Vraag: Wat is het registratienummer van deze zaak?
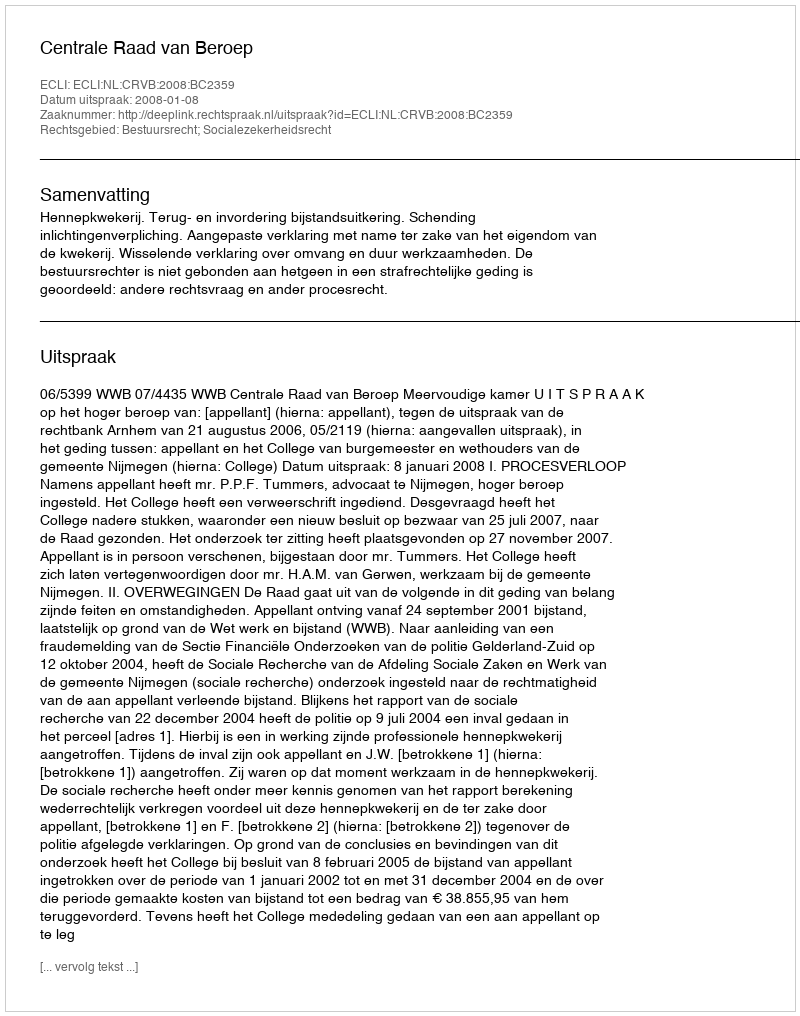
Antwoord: http://deeplink.rechtspraak.nl/uitspraak?id=ECLI:NL:CRVB:2008:BC2359